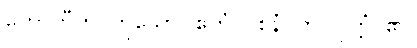
ဟောတီတိ၊ ဟူသော။ ဧတံ-ဝစနံ၊ ကို။ ဝုတ္တံ၊ ၏။